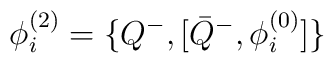
\phi_{i}^{(2)} = \{ Q^- , [ {\bar Q}^- , \phi_{i}^{(0)} ] \}